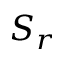
S _ { r }